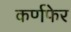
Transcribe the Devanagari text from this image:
कर्णफेर